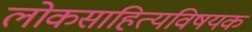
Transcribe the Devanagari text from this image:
लोकसाहित्यविषयक